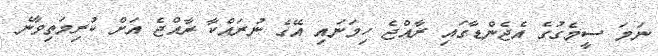
ނަމަ ސީމެގުގެ އެޖެންޑާގައި ރާއްޖެ ހިމަނައި އޭގެ ނުރައްކާ ރާއްޖެ އަށް ކުރިމަތިވާނެ